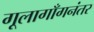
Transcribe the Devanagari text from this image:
गूलागाँगनंतर